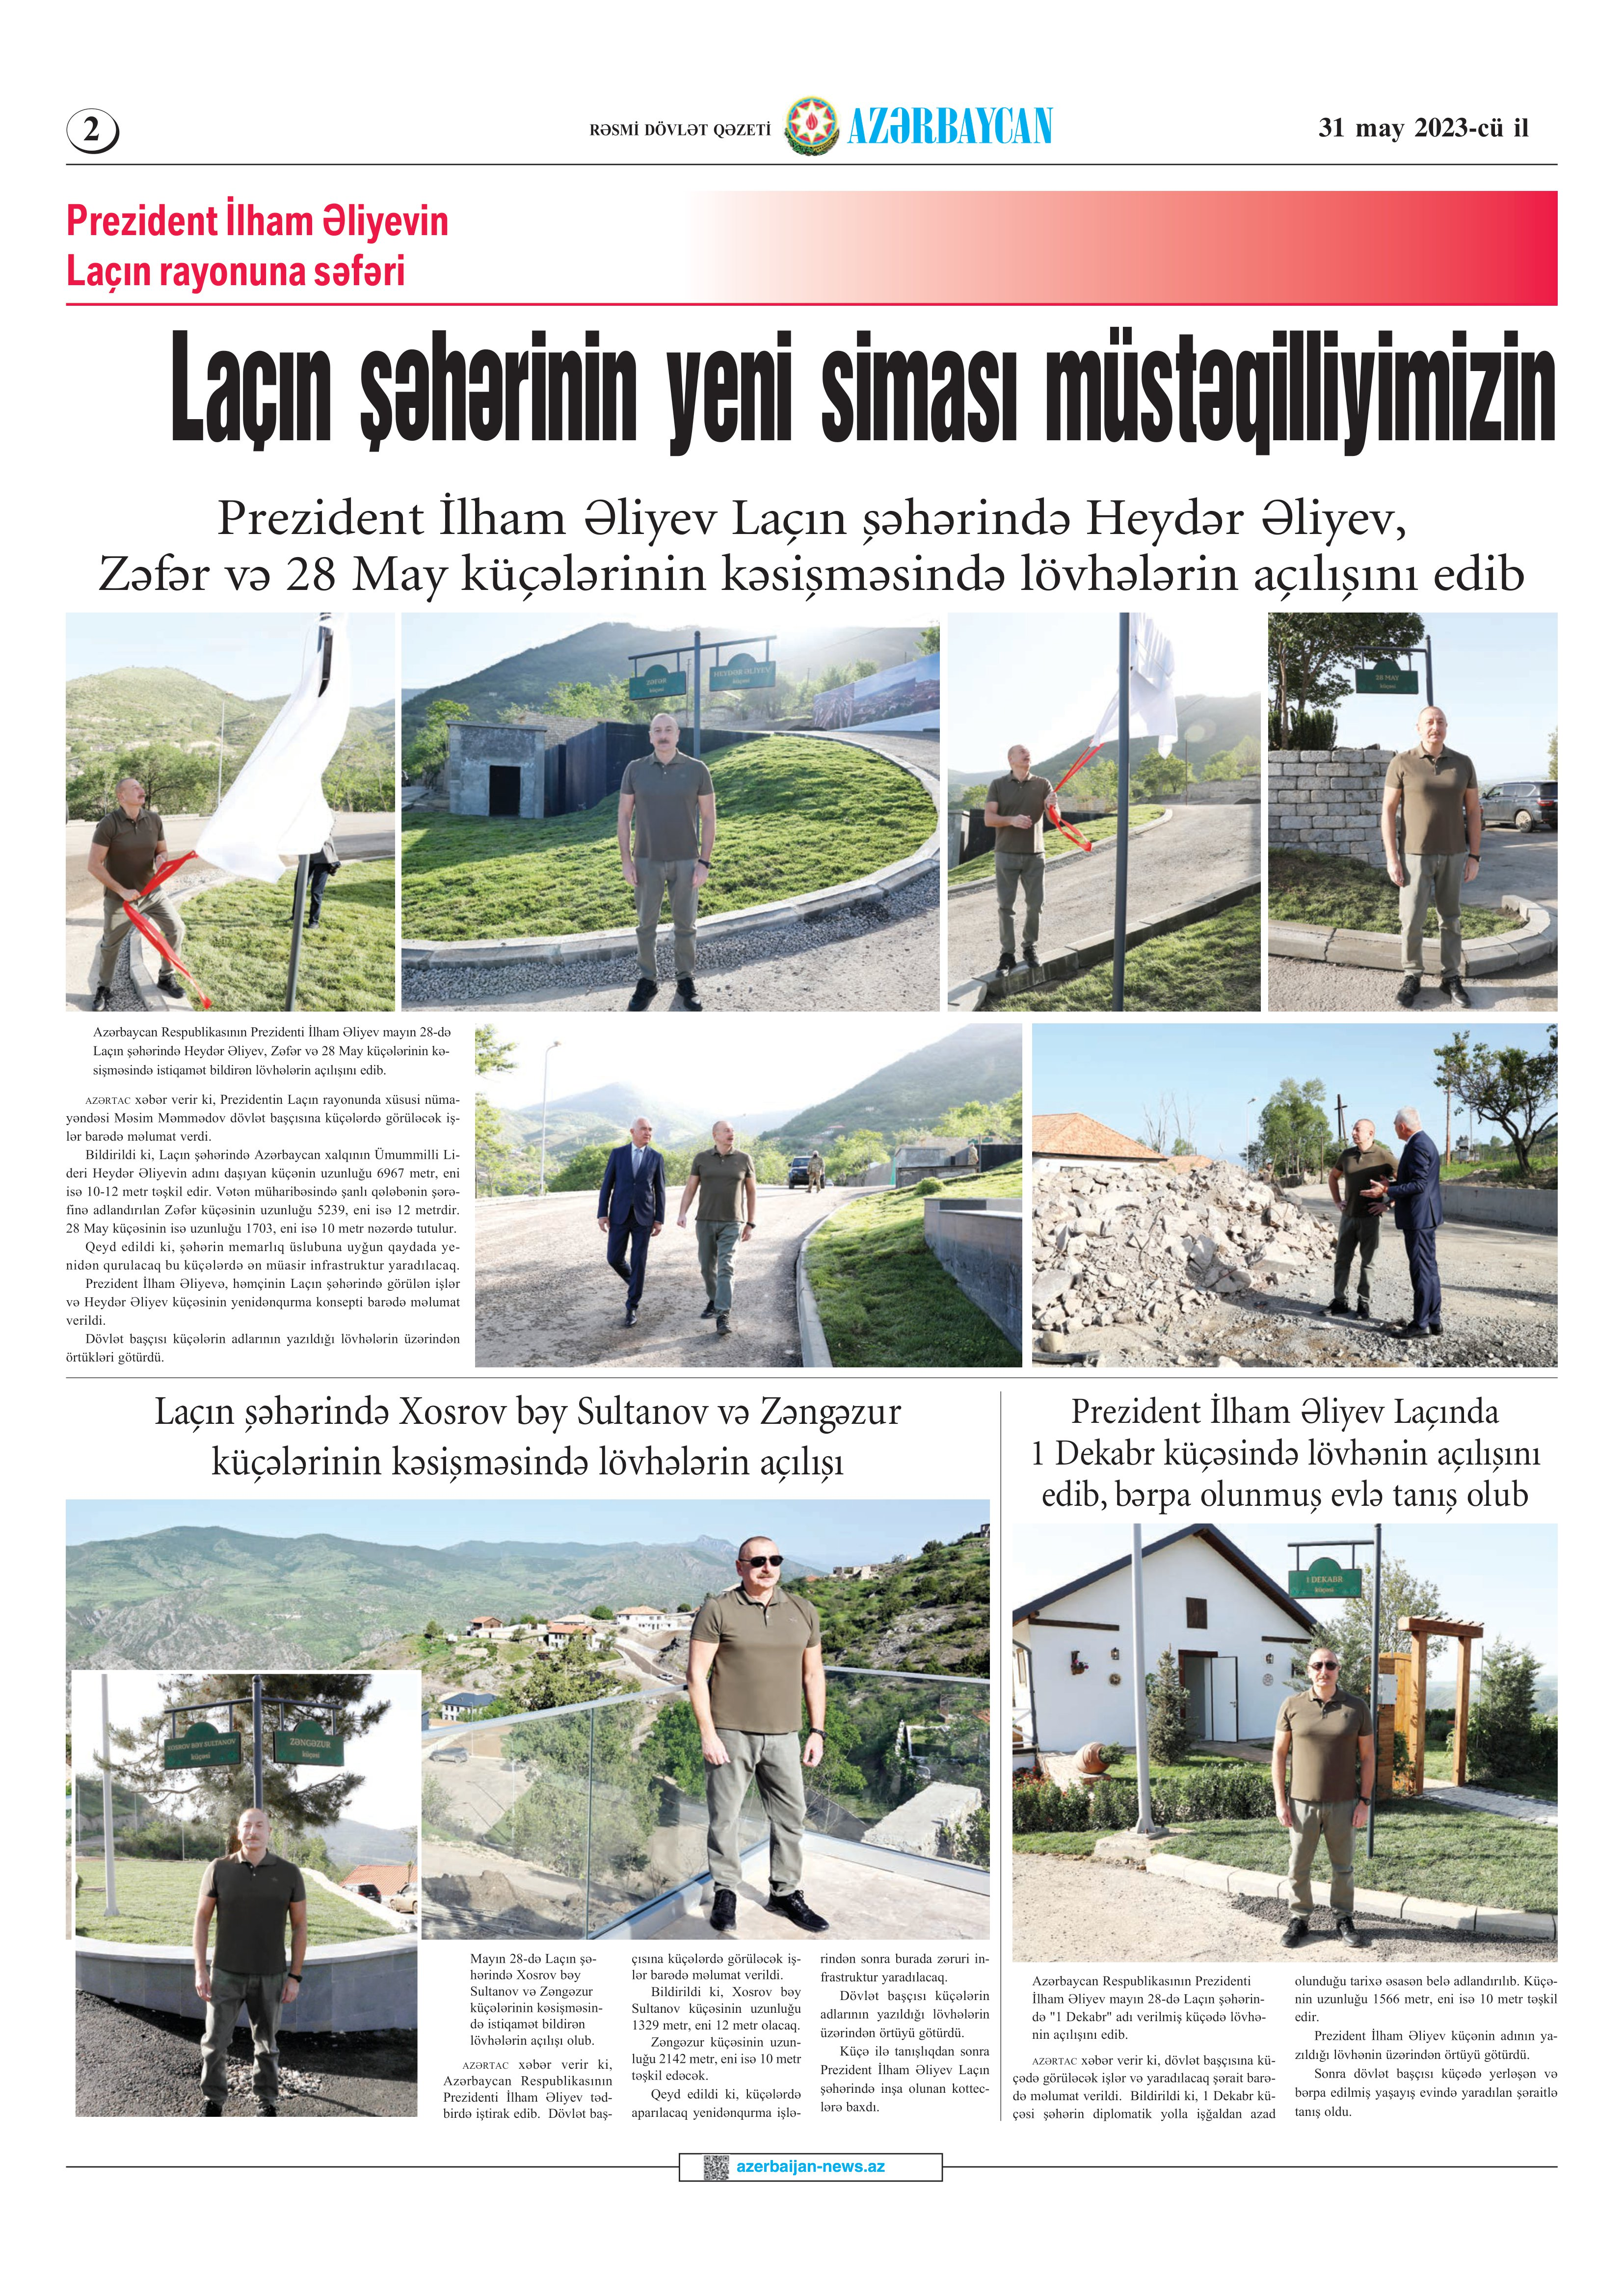
Language: az